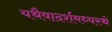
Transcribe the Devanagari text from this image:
यथैवादर्शमध्यस्थे